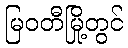
မြဝတီမြို့တွင်